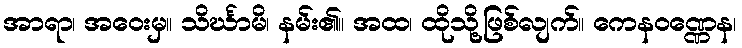
အာရာ၊ အဝေးမှ။ သိင်္ဃာမိ၊ နမ်း၏။ အထ၊ ထိုသို့ဖြစ်လျက်။ ကေနဝဏ္ဏေန၊